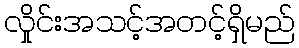
လှိုင်းအသင့်အတင့်ရှိမည်